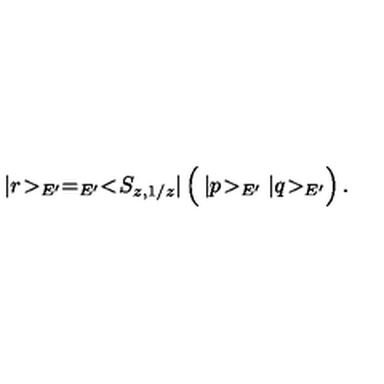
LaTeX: | r \! > _ { E ^ { \prime } } = _ { E ^ { \prime } } < \! S _ { z , 1 / z } | \left( \frac { } { } | p \! > _ { E ^ { \prime } } | q \! > _ { E ^ { \prime } } \right) .